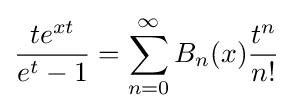
{\frac {te^{xt}}{e^{t}-1}}=\sum _{n=0}^{\infty }B_{n}(x){\frac {t^{n}}{n!}}\